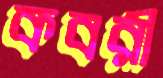
কবরী